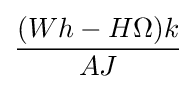
{\frac {(Wh-H\Omega )k}{AJ}}